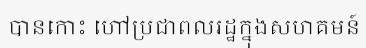
បានកោះ ហៅប្រជាពលរដ្ឋក្នុងសហគមន៍